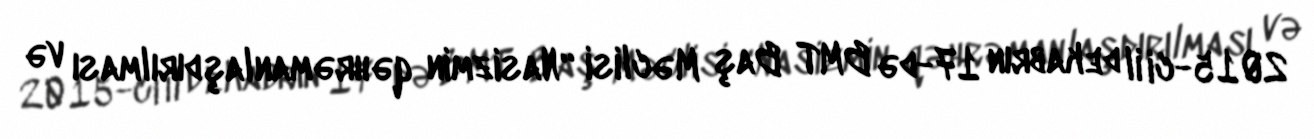
2015-ci il dekabrın 17-də BMT Baş Məclisi “Nasizmin qəhrəmanlaşdırılması və